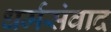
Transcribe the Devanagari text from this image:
धर्मसंवाद